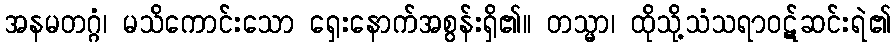
အနမတဂ္ဂံ၊ မသိကောင်းသော ရှေးနောက်အစွန်းရှိ၏။ တသ္မာ၊ ထိုသို့သံသရာဝဋ်ဆင်းရဲ၏